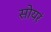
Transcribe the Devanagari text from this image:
सोयरं